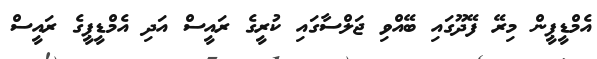
އެމްޑީޕީން މިރޭ ފޭދޫގައި ބޭއްވި ޖަލްސާގައި ކުރީގެ ރައީސް އަދި އެމްޑީޕީގެ ރައީސް